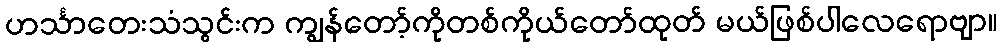
ဟင်္သာတေးသံသွင်းက ကျွန်တော့်ကိုတစ်ကိုယ်တော်ထုတ် မယ်ဖြစ်ပါလေရောဗျာ။